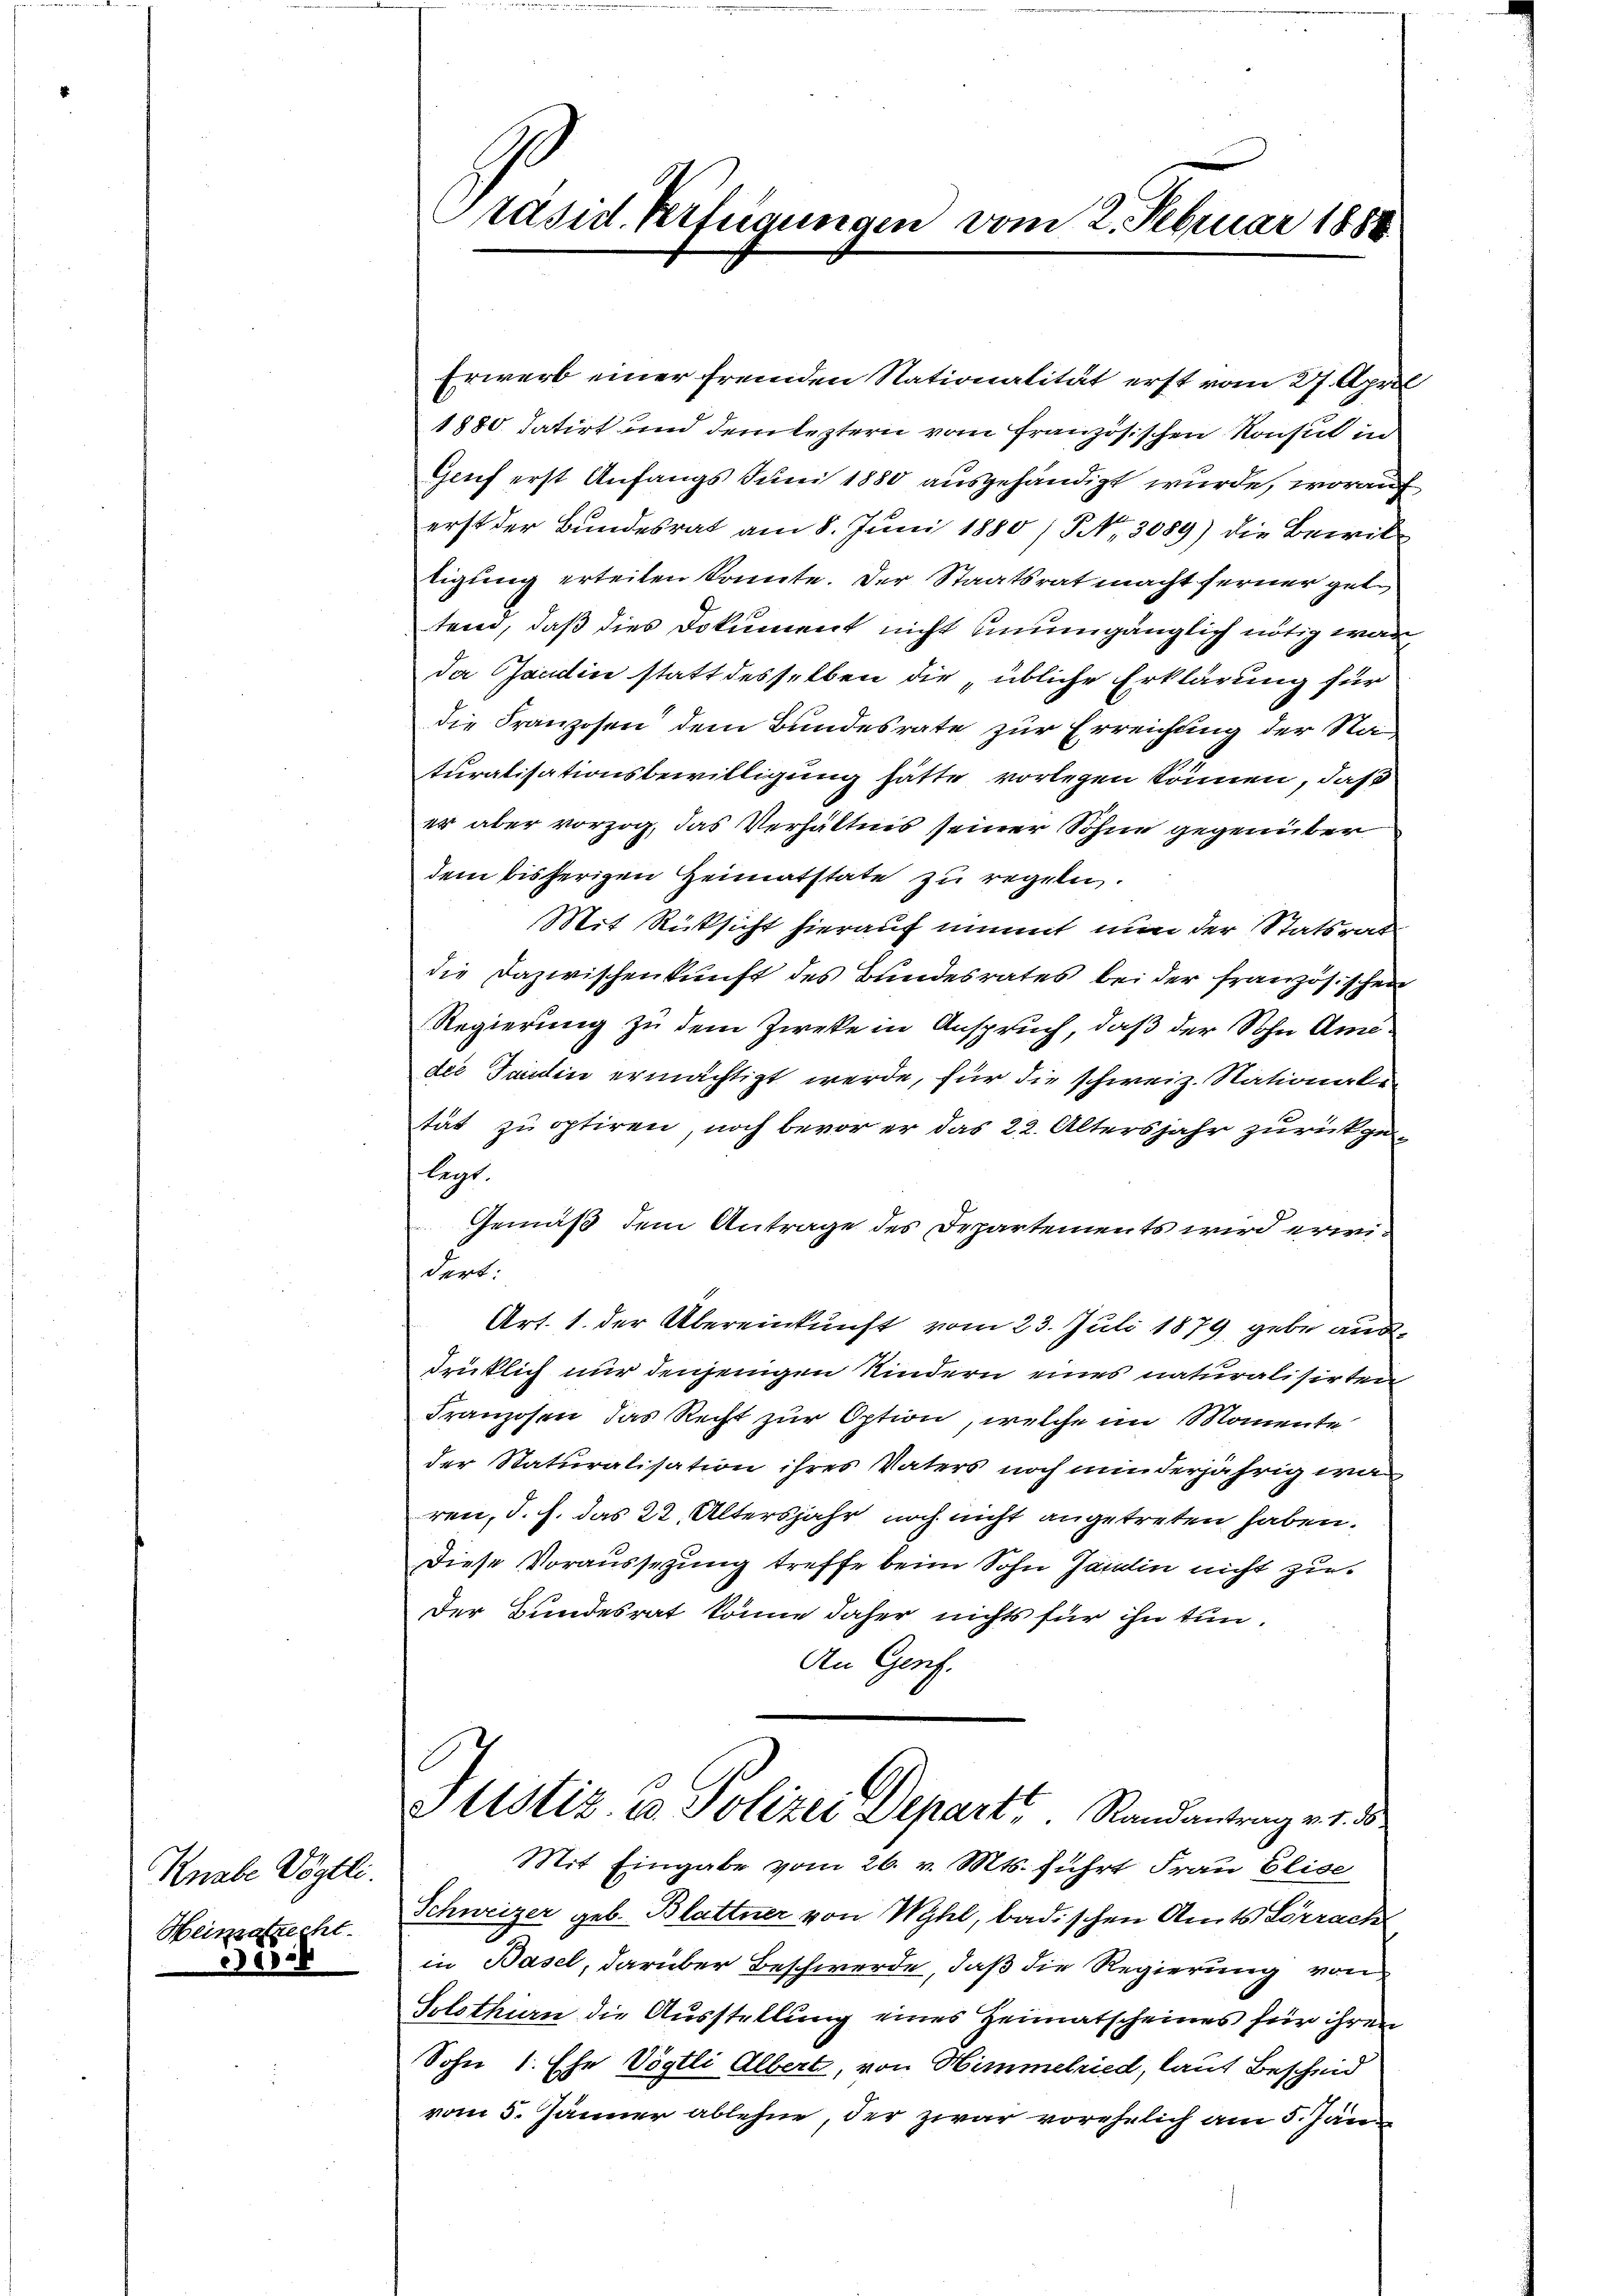
Knabe Vögtli.
Heimatrecht.

5

Erwerb einer fremden Nationalität erst vom 27. April
1880 datirt und dem leztern vom Französischen Konsul in
Genf erst Anfangs Juni 1880 ausgehändigt wurde, worauf
erst der Bundesrat am 8. Juni 1880 / Nr. 3089) die Bewiltigung erteilen konnte. Der Staatsrat macht ferner gele
tem, daß dies Dokument nicht unumgänglich nötig war
da Gandin statt desselben die „übliche Erklärung für
die Franzosen dem Bundesrate zur Erreichung der Naturalisationsbewilligung hätte vorlegen können, daß
er aber vorzog, das Verhältnis seiner Sohne gegenüber
dem bisherigen Heimatstate zu regeln.
Mit Rücksicht hierauf nimmt nun der Statsrat
die Dazwischenkunft des Bundesrates bei der französischen
Regierung zu dem Zweke in Anspruch, daß der Sohn Amedie Tandin ermächtigt werde, für die schweiz. National-
tät zu optiren, noch bevor er das 22. Altersjahr zurückgelegt
Gemäß dem Antrage des Departements wird erwidert:
Art. 1. der Übereinkunft vom 23. Juli 1879 gebe ausdrüklich nur denjenigen Kindern eines naturalisirten
Franzosen das Recht zur Option, welche im Momente
der Naturalisation ihres Vaters noch minderjährig war
ren, d. h. das 22. Altersjahr noch nicht angetreten haben.
Diese Voraussetzung treffe beim Sohn Jarlin nicht zu
Der Bundesrat könne daher nichts für ihn tun.
An Genf.
Ustiz- u Polizei Depart. Randantrag v. 1. 3
Mit Eingabe vom 26. v. Mts. führt Frau Elise
Schweizer geb. Blattner von Wyhl, badischen Amts Lörrach
in Basel, darüber Beschwerde, daß die Regierung von
Solothin die Ausstellung eines Heimatscheines für ihren
Sohn 1. Ehe Vögtli Albert, von Himmelried, laut Bescheid
vom 5. Jänner ablehne, der zwar vorehelich am 5. Jän

Präsid. Verfügungen vom 2. Februar 1888.